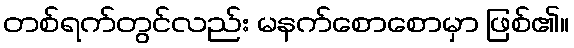
တစ်ရက်တွင်လည်း မနက်စောစောမှာ ဖြစ်၏။